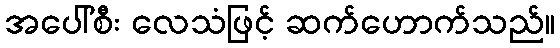
အပေါ်စီး လေသံဖြင့် ဆက်ဟောက်သည်။